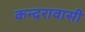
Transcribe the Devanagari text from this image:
कन्दरावासी